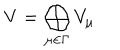
V = \bigoplus _ { \mu \in \Gamma } V _ { \mu }